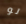
لو